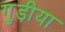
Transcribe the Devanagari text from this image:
गुड़ीया